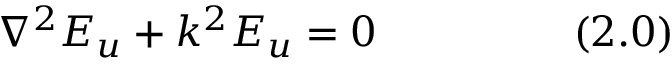
\nabla ^ { 2 } E _ { u } + k ^ { 2 } E _ { u } = 0 ~ ~ ~ ~ ~ ~ ~ ~ ~ ~ ~ ~ ~ ~ ( 2 . 0 )